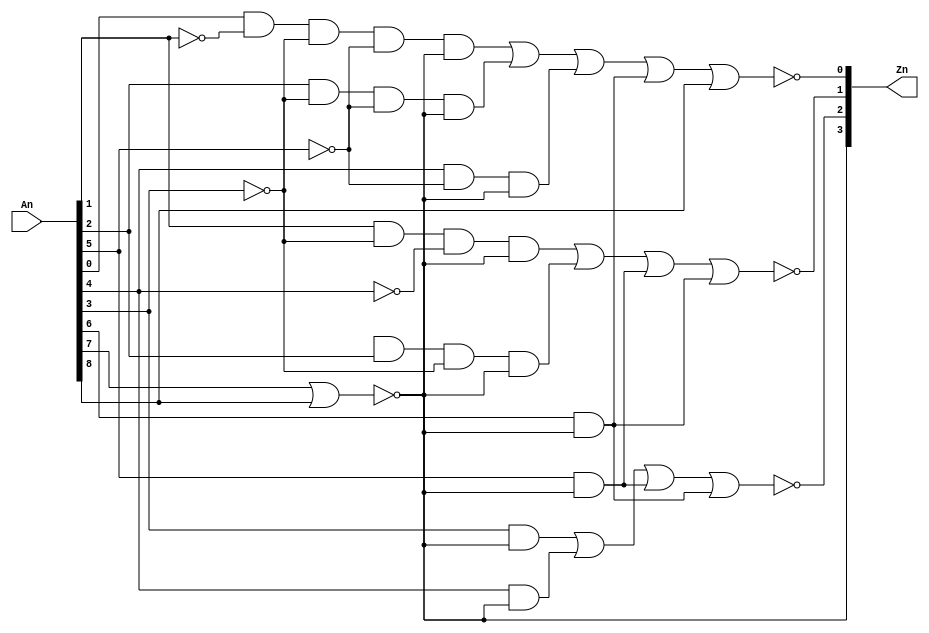
module ttl74147_v (
  input [9:1] An,
  output [3:0] Zn
  );

  /*
  TTL74147 TTL74147(
    .An(An),
    .Zn(Zn)
    );
  */

  wire w_and_1;
  wire w_and_2;
  wire w_and_3;
  wire w_and_4;
  wire w_and_5;
  wire w_and_6;
  wire w_and_7;
  wire w_and_8;
  wire w_and_9;
  wire w_and_10;
  wire w_and_11;
  wire w_and_12;


  nor(w_or_1, An[8], An[9]);
  and(w_and_1, An[2], ~An[4], ~An[5], w_or_1);
  and(w_and_2, A[5], An[3], ~An[4], w_or_1);
  and(w_and_3, An[6], w_or_1);
  and(w_and_4, An[1] , An[1], ~An[2] , ~An[4] , ~An[6] , w_or_1);
  //
  and(w_and_5, An[3] , ~An[4] , ~An[6] , w_or_1);
  and(w_and_6, An[5] , ~An[6] ,w_or_1);
  and(w_and_7, An[4] , w_or_1);
  and(w_and_8, An[5] , w_or_1);
  and(w_and_9, An[6] , w_or_1);
  and(w_and_10, An[7] , w_or_1);
  and(w_and_11, An[7] , w_or_1);
  and(w_and_12, An[7] , w_or_1);

  nor(Zn[0], w_and_4,w_and_4,w_and_5,w_and_6,w_and_10,An[9]);
  nor(Zn[1], w_and_1,w_and_2,w_and_3,w_and_12);
  nor(Zn[2], w_and_7,w_and_8,w_and_9,w_and_11);
  nor(Zn[3], An[8], An[9]);


endmodule